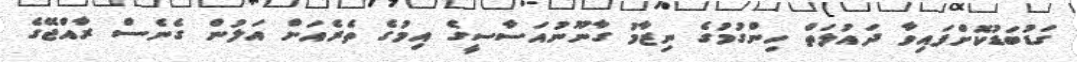
ގަޑުބަޑުކޮށްފައިވާ ދައުލަތް ހިންގުމުގެ ނިޒާމު ގާނޫނުއަސާސީގެ އިމުގެ ތެރެއަށް އަލުން ގެނެސް ރާއްޖޭގެ